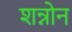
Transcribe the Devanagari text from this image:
शन्नोन